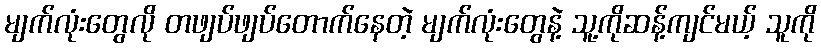
မျက်လုံးတွေလို တဖျပ်ဖျပ်တောက်နေတဲ့ မျက်လုံးတွေနဲ့ သူ့ကိုဆန့်ကျင်မယ့် သူကို